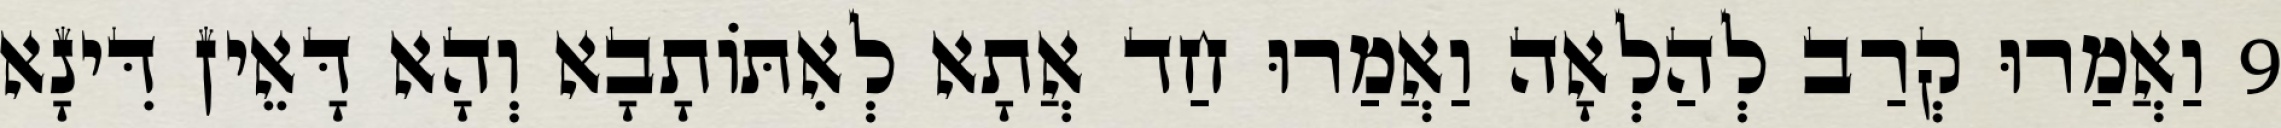
9 וַאֲמַרוּ קְרַב לְהַלְאָה וַאֲמַרוּ חַד אֲתָא לְאִתּוֹתָבָא וְהָא דָּאֵין דִּינָא